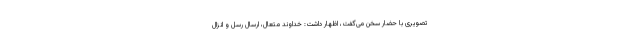
تصویری با حضار سخن می‌گفت، اظهار داشت: خداوند متعال، ارسال رسل و انزال